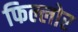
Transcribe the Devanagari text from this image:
फिल्लोर